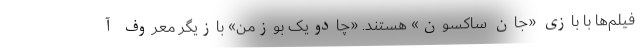
فیلم‌ها با بازی «جان ساکسون» هستند. «چادویک بوزمن» بازیگر معروف آ